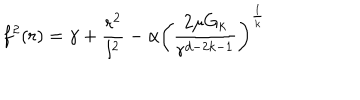
f ^ { 2 } ( r ) = \gamma + \frac { r ^ { 2 } } { l ^ { 2 } } - \alpha \left( \frac { 2 \mu G _ { k } } { r ^ { d - 2 k - 1 } } \right) ^ { \frac { 1 } { k } }